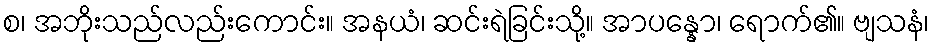
စ၊ အဘိုးသည်လည်းကောင်း။ အနယံ၊ ဆင်းရဲခြင်းသို့။ အာပန္နော၊ ရောက်၏။ ဗျသနံ၊